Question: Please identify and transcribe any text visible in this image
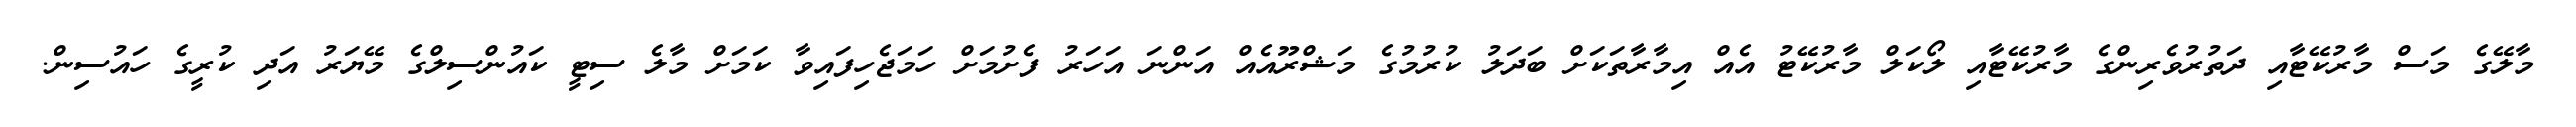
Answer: މާލޭގެ މަސް މާރުކޭޓާއި ދަތުރުވެރިންގެ މާރުކޭޓާއި ލޯކަލް މާރުކޭޓު އެއް އިމާރާތަކަށް ބަދަލު ކުރުމުގެ މަޝްރޫއެއް އަންނަ އަހަރު ފެށުމަށް ހަމަޖެހިފައިވާ ކަމަށް މާލެ ސިޓީ ކައުންސިލްގެ މޭޔަރު އަދި ކުރީގެ ހައުސިން.